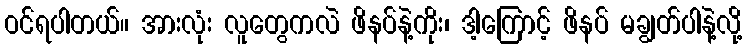
ဝင်ရပါတယ်။ အားလုံး လူတွေကလဲ ဖိနပ်နဲ့ကိုး၊ ဒါ့ကြောင့် ဖိနပ် မချွတ်ပါနဲ့လို့